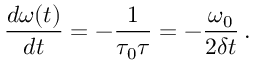
\frac { d \omega ( t ) } { d t } = - \frac { 1 } { \tau _ { 0 } \tau } = - \frac { \omega _ { 0 } } { 2 \delta t } \, .